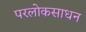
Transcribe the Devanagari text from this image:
परलोकसाधन